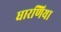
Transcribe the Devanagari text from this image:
धारणिया